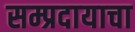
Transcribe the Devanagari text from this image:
सम्प्रदायाचा